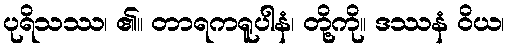
ပုရိသဿ၊ ၏။ တာရကရူပါနံ၊ တို့ကို။ ဒဿနံ ဝိယ၊